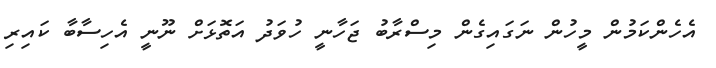
އެހެންކަމުން މީހުން ނަގައިގެން މިސްރާބު ޖަހާނީ ހުވަދު އަތޮޅަށް ނޫނީ އެހިސާބާ ކައިރި